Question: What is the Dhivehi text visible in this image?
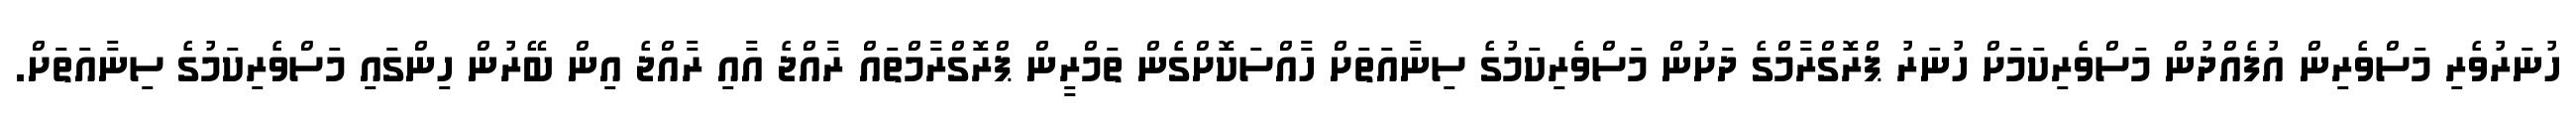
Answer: ހުނަރުވެރި މަސްވެރިން އުފެއްދުން މަސްވެރިކަމަށް ހުނަރު ޕްރޮގްރާމްގެ ދަށުން މަސްވެރިކަމުގެ ސިނާއަތަށް ހާއްސަކޮށްގެން ތަމްރީން ޕްރޮގްރާމްތައް ރާއްޖެ އާއި ރާއްޖެ އިން ބޭރުން ހިންގައި މަސްވެރިކަމުގެ ސިނާއަތަށް.